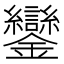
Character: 鑾